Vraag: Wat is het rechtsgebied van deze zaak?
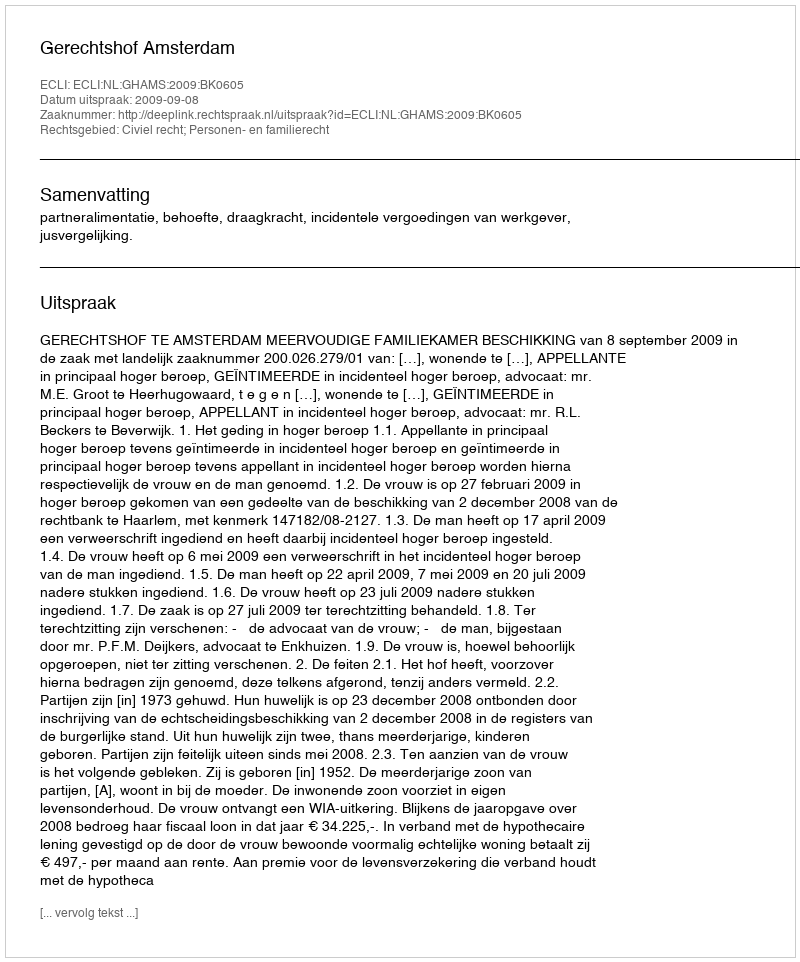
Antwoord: Civiel recht; Personen- en familierecht